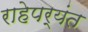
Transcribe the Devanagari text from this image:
राहेपर्यंत